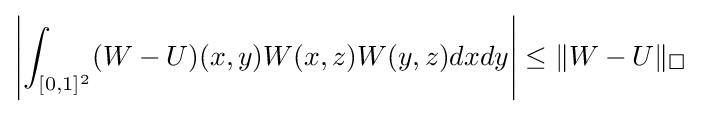
\left|\int _{[0,1]^{2}}(W-U)(x,y)W(x,z)W(y,z)dxdy\right|\leq \|W-U\|_{\square }